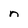
Character: n